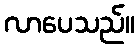
လာပေသည်။